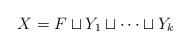
LaTeX: \begin{align*} X=F\sqcup Y_1\sqcup\cdots \sqcup Y_k \end{align*}